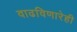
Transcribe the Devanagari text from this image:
वाढविणारेही